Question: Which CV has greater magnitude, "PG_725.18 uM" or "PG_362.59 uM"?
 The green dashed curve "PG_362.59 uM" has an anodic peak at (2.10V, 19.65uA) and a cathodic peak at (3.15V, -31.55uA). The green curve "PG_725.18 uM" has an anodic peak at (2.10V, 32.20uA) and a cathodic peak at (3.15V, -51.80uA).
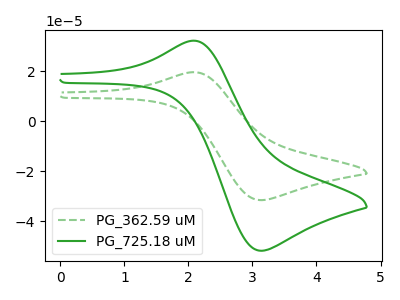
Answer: <think>All the peaks in "PG_725.18 uM" have a peak in "PG_362.59 uM" at the same potential. Every peak in "PG_725.18 uM" is higher than every peak in "PG_362.59 uM".
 </think>
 <answer>"PG_725.18 uM" has more signal than "PG_362.59 uM".</answer>
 <eval>more_signal</eval>